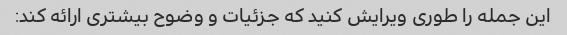
این جمله را طوری ویرایش کنید که جزئیات و وضوح بیشتری ارائه کند: